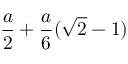
{ \frac { a } { 2 } } + { \frac { a } { 6 } } ( { \sqrt { 2 } } - 1 )